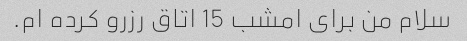
سلام من برای امشب 15 اتاق رزرو کرده ام.